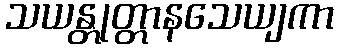
သယန္တုတ္တာနသေယျကာ